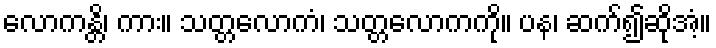
လောကန္တိ၊ ကား။ သတ္တလောကံ၊ သတ္တလောကကို။ ပန၊ ဆက်၍ဆိုအံ့။